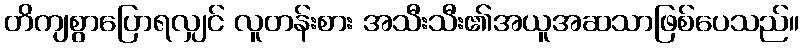
တိကျစွာပြောရလျှင် လူတန်းစား အသီးသီး၏အယူအဆသာဖြစ်ပေသည်။